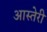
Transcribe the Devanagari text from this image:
आस्तेरी